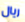
ريال